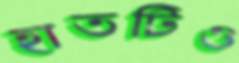
হাতটিও